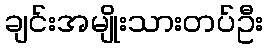
ချင်းအမျိုးသားတပ်ဦး